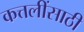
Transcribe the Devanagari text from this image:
कत्तलींसाठी